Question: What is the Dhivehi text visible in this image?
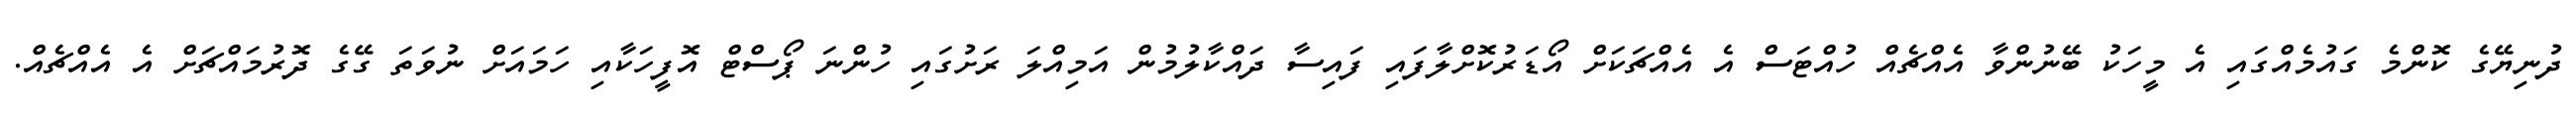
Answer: ދުނިޔޭގެ ކޮންމެ ގައުމެއްގައި އެ މީހަކު ބޭނުންވާ އެއްޗެއް ހުއްޓަސް އެ އެއްޗަކަށް އޯޑަރުކޮށްލާފައި ފައިސާ ދައްކާލުމުން އަމިއްލަ ރަށުގައި ހުންނަ ޕޯސްޓް އޮފީހަކާއި ހަމައަށް ނުވަތަ ގޭގެ ދޮރުމައްޗަށް އެ އެއްޗެއް.